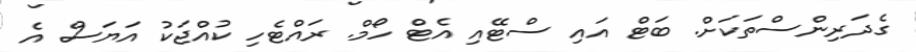
ގެދަރިންސްތަކަށް. ބަޓް އައި ސްޓޭއި އެޓް ހޯމް. ރައްޓެހި ކުއްޖަކު އަޔަސް އެ